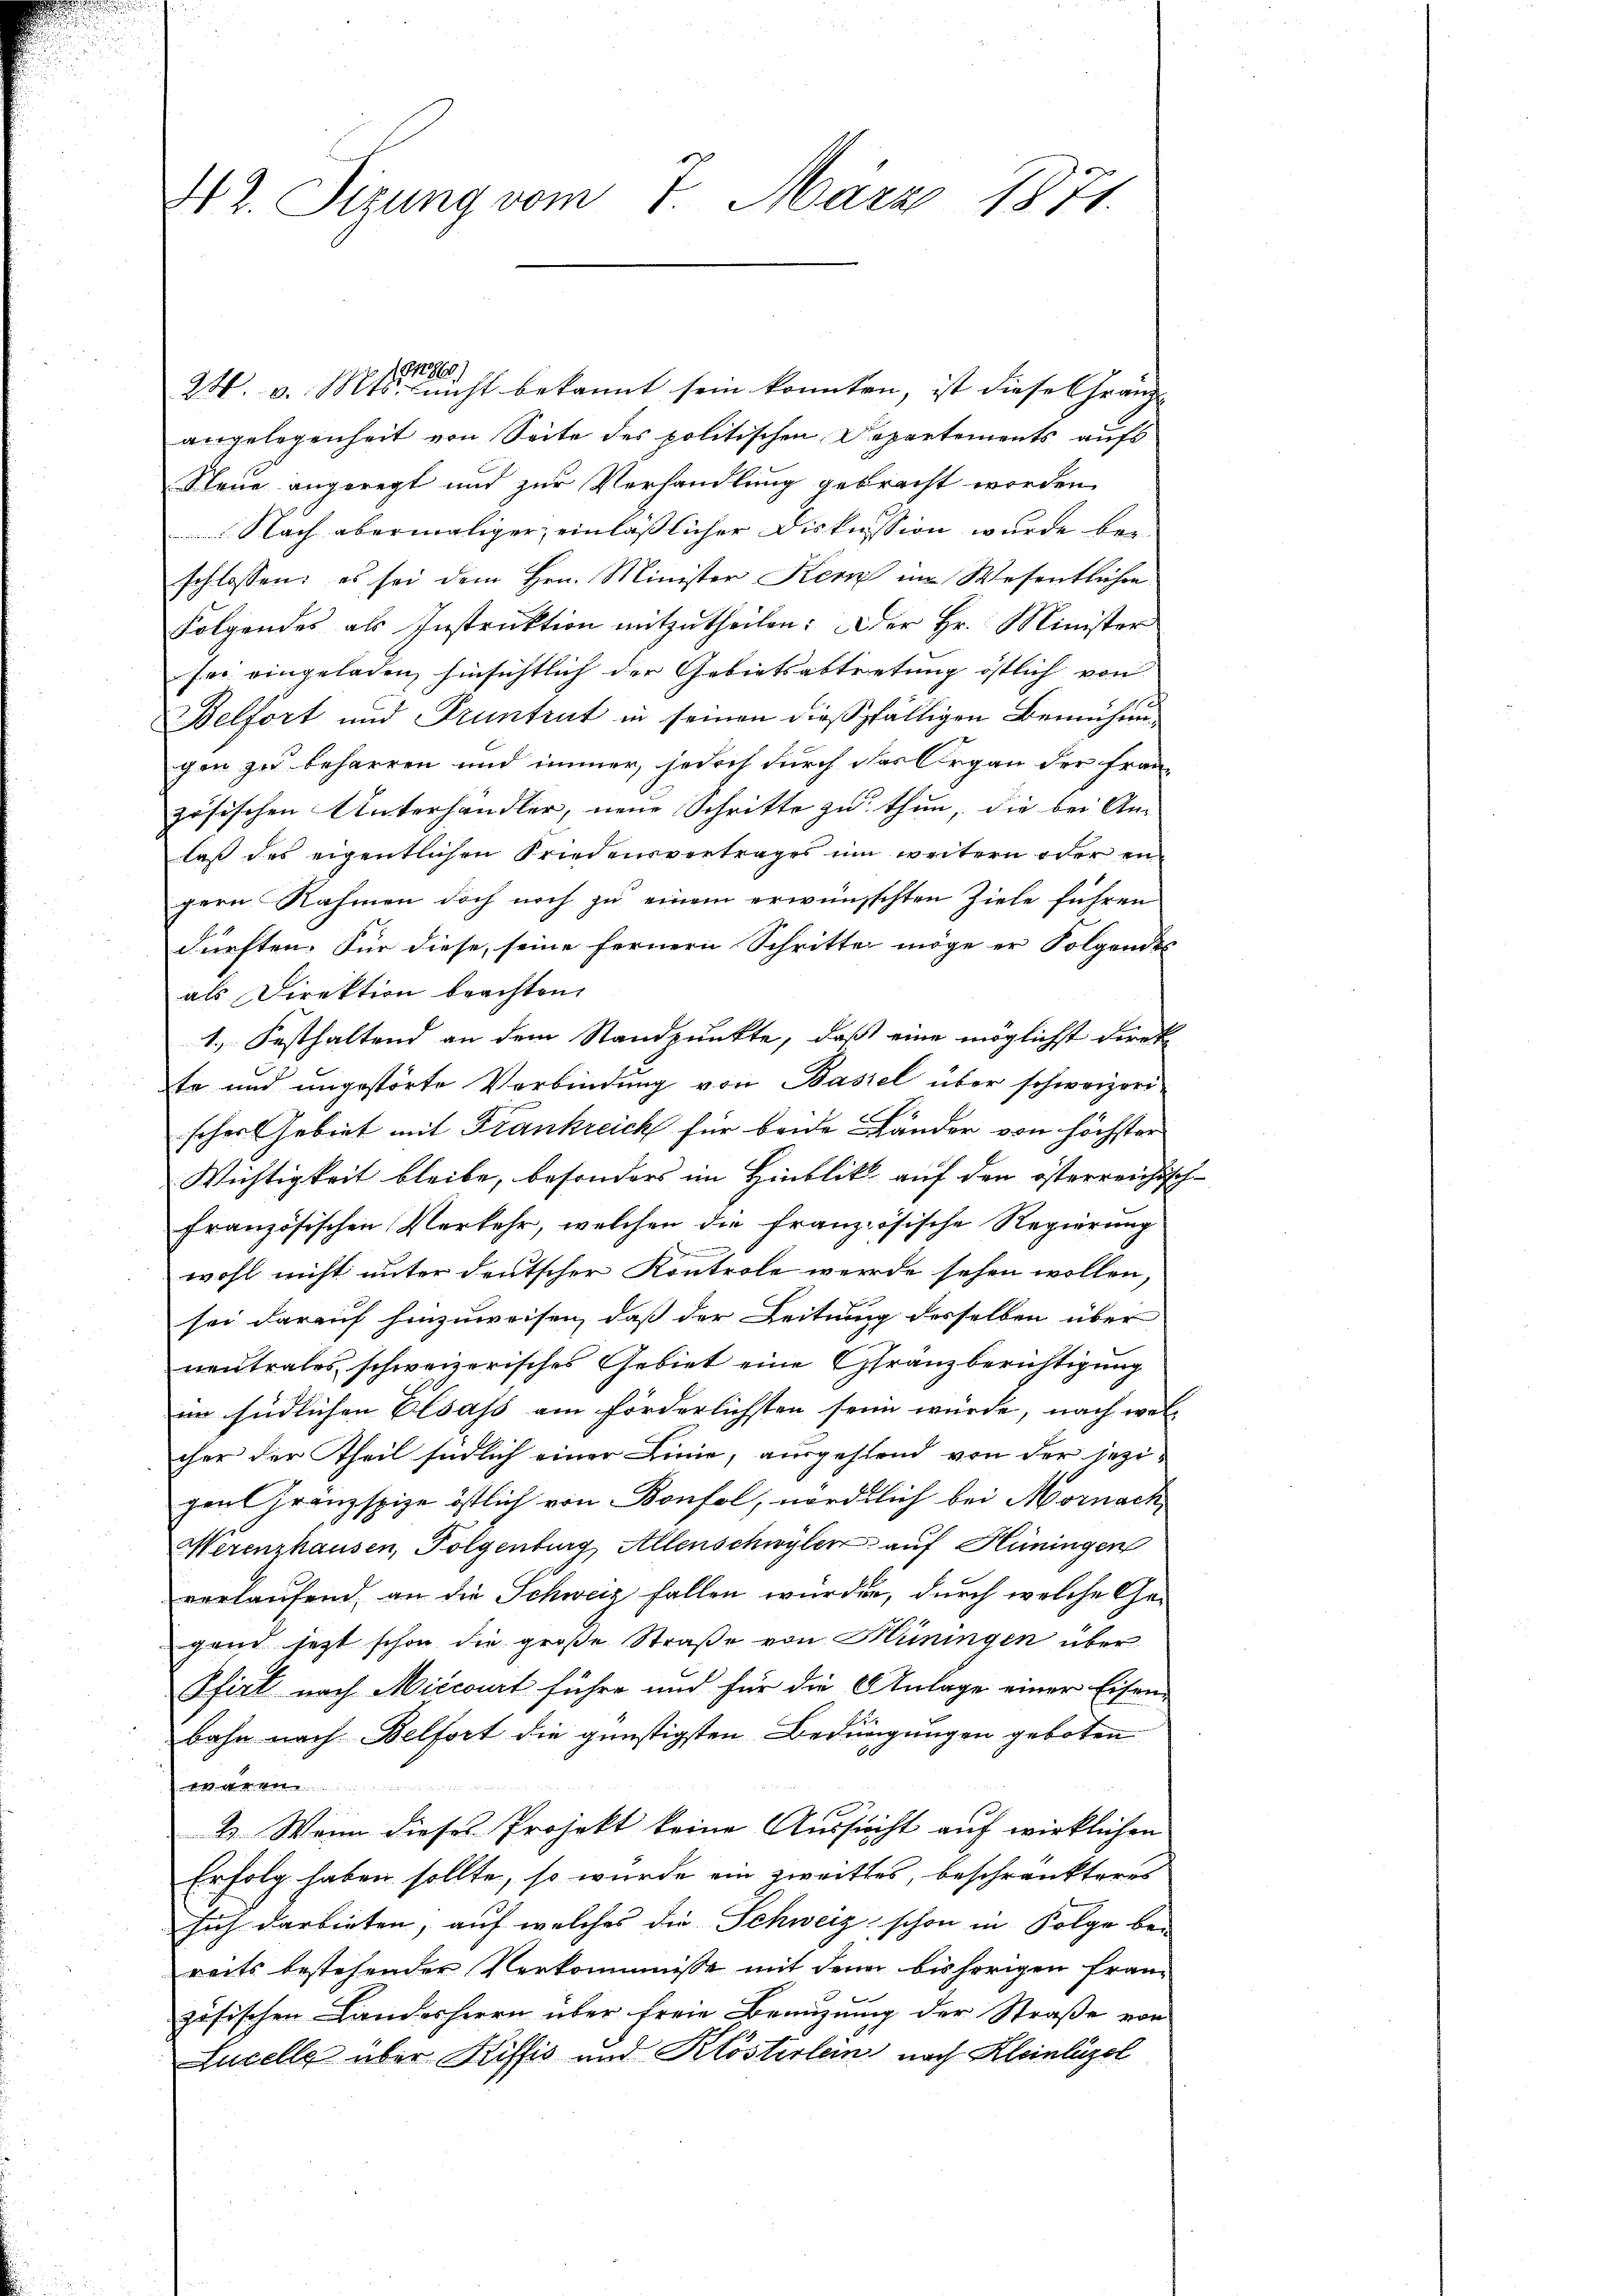
42. Sizung vom 7. März 1871.

2W. v. Mts. nicht bekannt sein konnten, ist diese Gränzangelegenheit von Seite des politischen Departements aufs
Neue angeregt und zur Verhandlung gebracht worden
Nach abermaliger, einläßlicher Diskussion wurde beschlossen: es sei dem Hrn. Minister Kern im Wesentlichen
Folgendes als Instruktion mitzutheilen: Der Hr. Minister
sei eingeladen, hinsichtlich der Gebietsabtretung östlich von
Belfort und Pruntrut in seinen dießfälligen Bemühungen zu beharren und immer, jedoch durch das Organ der französischen Unterhandler, neue Schritte zu thun, die bei An-
laß des eigentlichen Friedensvertrages um weitern oder en
gern Nahmen doch noch zu einem erwünschten Ziele führen
dürften. Für diese, seine fernern Schritten möge er Folgendes
als Direktion brachten.
1. Festhaltend an dem Standpunkte, daß eine möglichst direk
te und ungestörte Verbindung von Basel über schweizeri-
scher Gebiet mit Frankreich für beide Länder von höchster
Wichtigkeit bleibe, besonders im Hinblik auf den österreichisch-
französischen Verkehr, welchen die französische Regierung
wohl nicht unter deutscher Kontrole werde sehen wollen,
sei darauf hinzuweisen, daß der Leitung desselben über
neutrales schweizerisches Gebiet eine Gränzberichtigung
im südlichen Elsass am förderlichsten seine würde, nach wel-
cher der Theil südlich einer Linie, ausgestend von der jezigen Gränzspize östlich von Bonfol, nördlich bei Mornach
Merenzhausen, Folgenburg, Allenschwylen auf Hüningen
verlaufend an die Schweiz fallen würden, durch welche Gegend jetzt schon die große Straße von Hüningen über
Pfiel nach Miccourt führe und für die Anlage einer Eisen-
bahn nach Belfort die günstigsten Bedingungen geboten
ten
2.) Wenn dieses Projekt keine Aussucht auf wirklichen
Erfolg haben sollte, so wurde ein zweittes, beschränkteres
sich darbieten, auf welches die Schweiz schon in Folge be-
reits bestehender Verkommisse mit den bisherigen fran-
zösischen Landesherrn über freie Benuzung der Straße von
Lucelle über Kisfis und Klösterlein nach Kleinläzel

286)